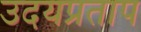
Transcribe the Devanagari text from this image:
उदयप्रताप